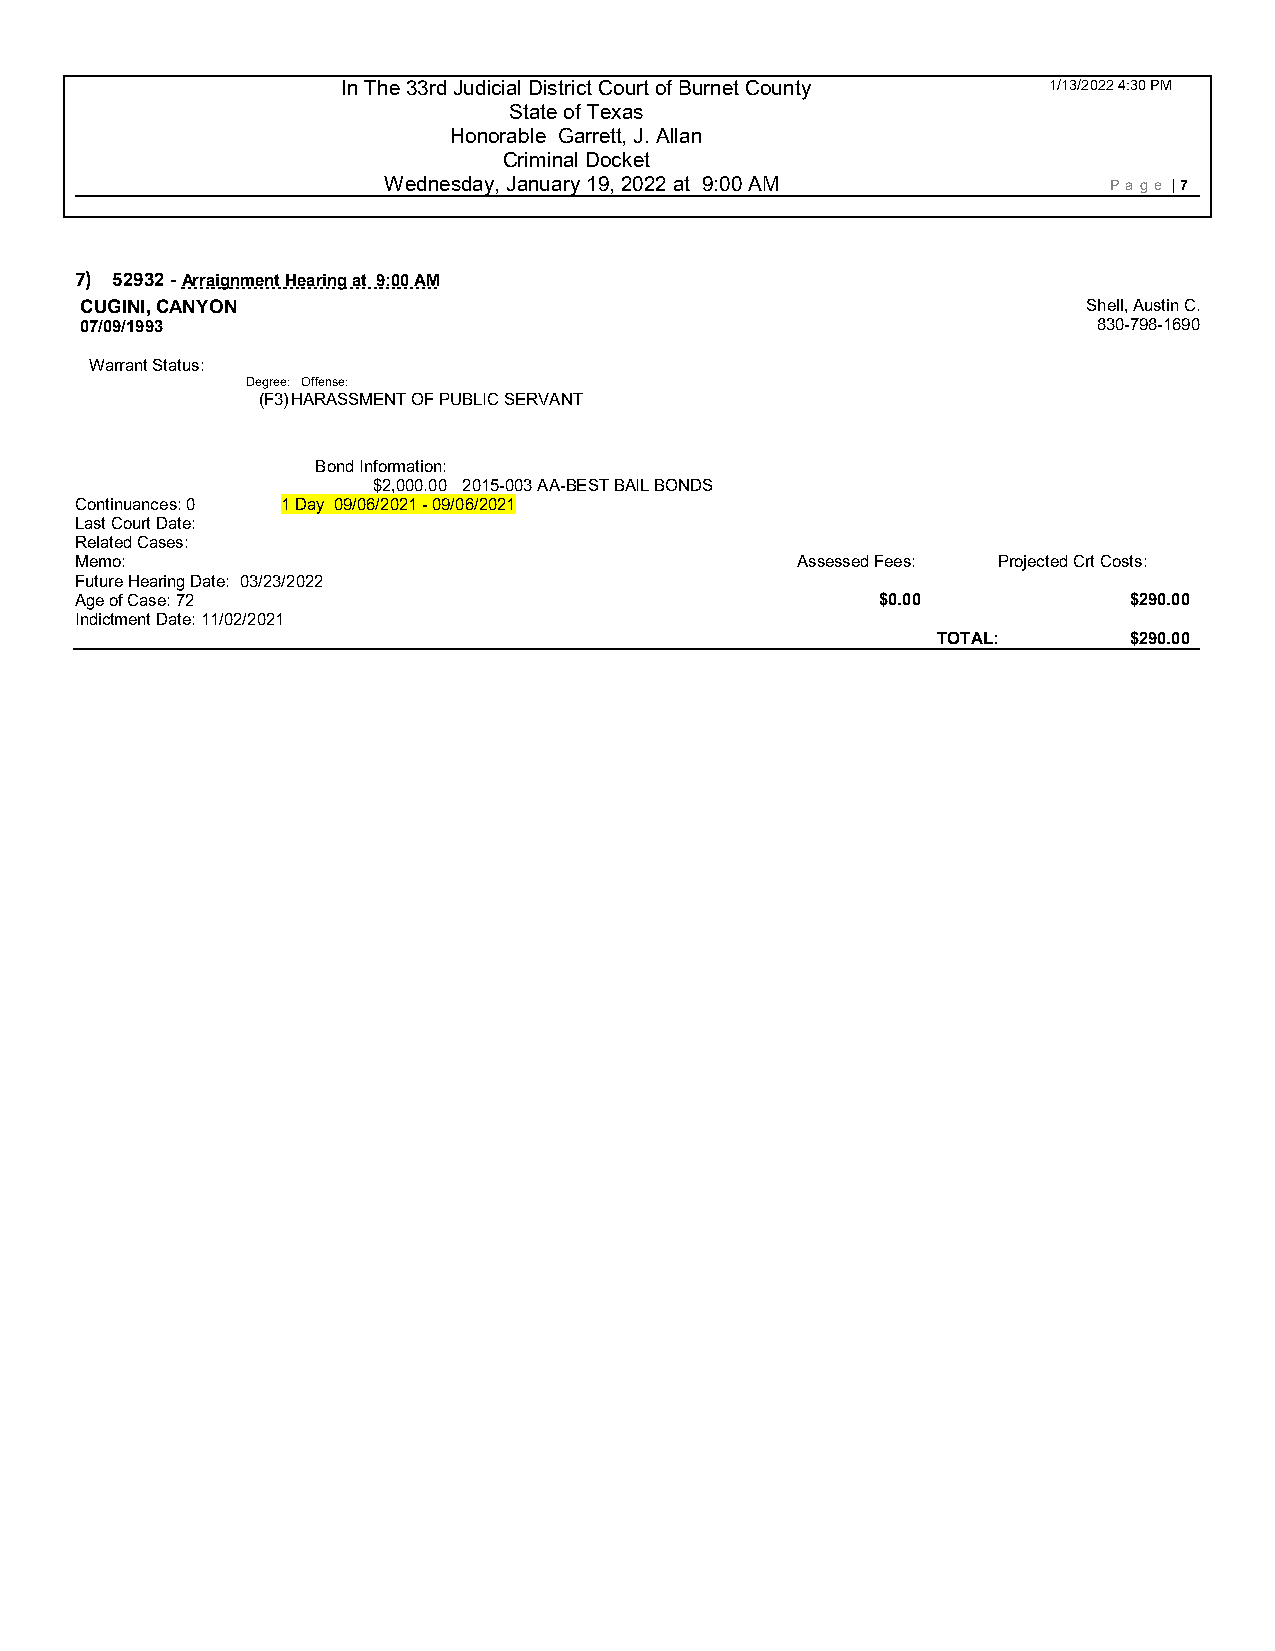
In The 33rd Judicial District Court of Burnet County 1/13/2022 4:30 PM
 State of Texas
 Honorable Garrett, J. Allan
 Criminal Docket
 Wednesday, January 19, 2022 at 9:00 AM          P age | 7
 7) 52932 - Arraignment Hearing at 9:00 AM
 CUGINI, CANYON                                                     Shell, Austin C.
 07/09/1993                                                          830-798-1690
 Warrant Status:
 Degree: Offense:
 (F3) HARASSMENT OF PUBLIC SERVANT
 Bond Information:
 $2,000.00 2015-003 AA-BEST BAIL BONDS
 Continuances: 0 1 Day 09/06/2021 - 09 /06/2021
 Last Court Date:
 Related Cases:
 Memo:                                           Assessed Fees: Projected Crt Costs:
 Future Hearing Date: 03/23/2022
 Age of Case: 72                                      $0.00            $290.00
 Indictment Date: 11/02/2021
 TOTAL:       $290.00